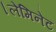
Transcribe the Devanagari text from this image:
।लेमिनेट